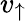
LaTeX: v_{\uparrow}